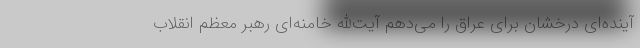
آینده‌ای درخشان برای عراق را می‌دهم آیت‌الله خامنه‌ای رهبر معظم انقلاب